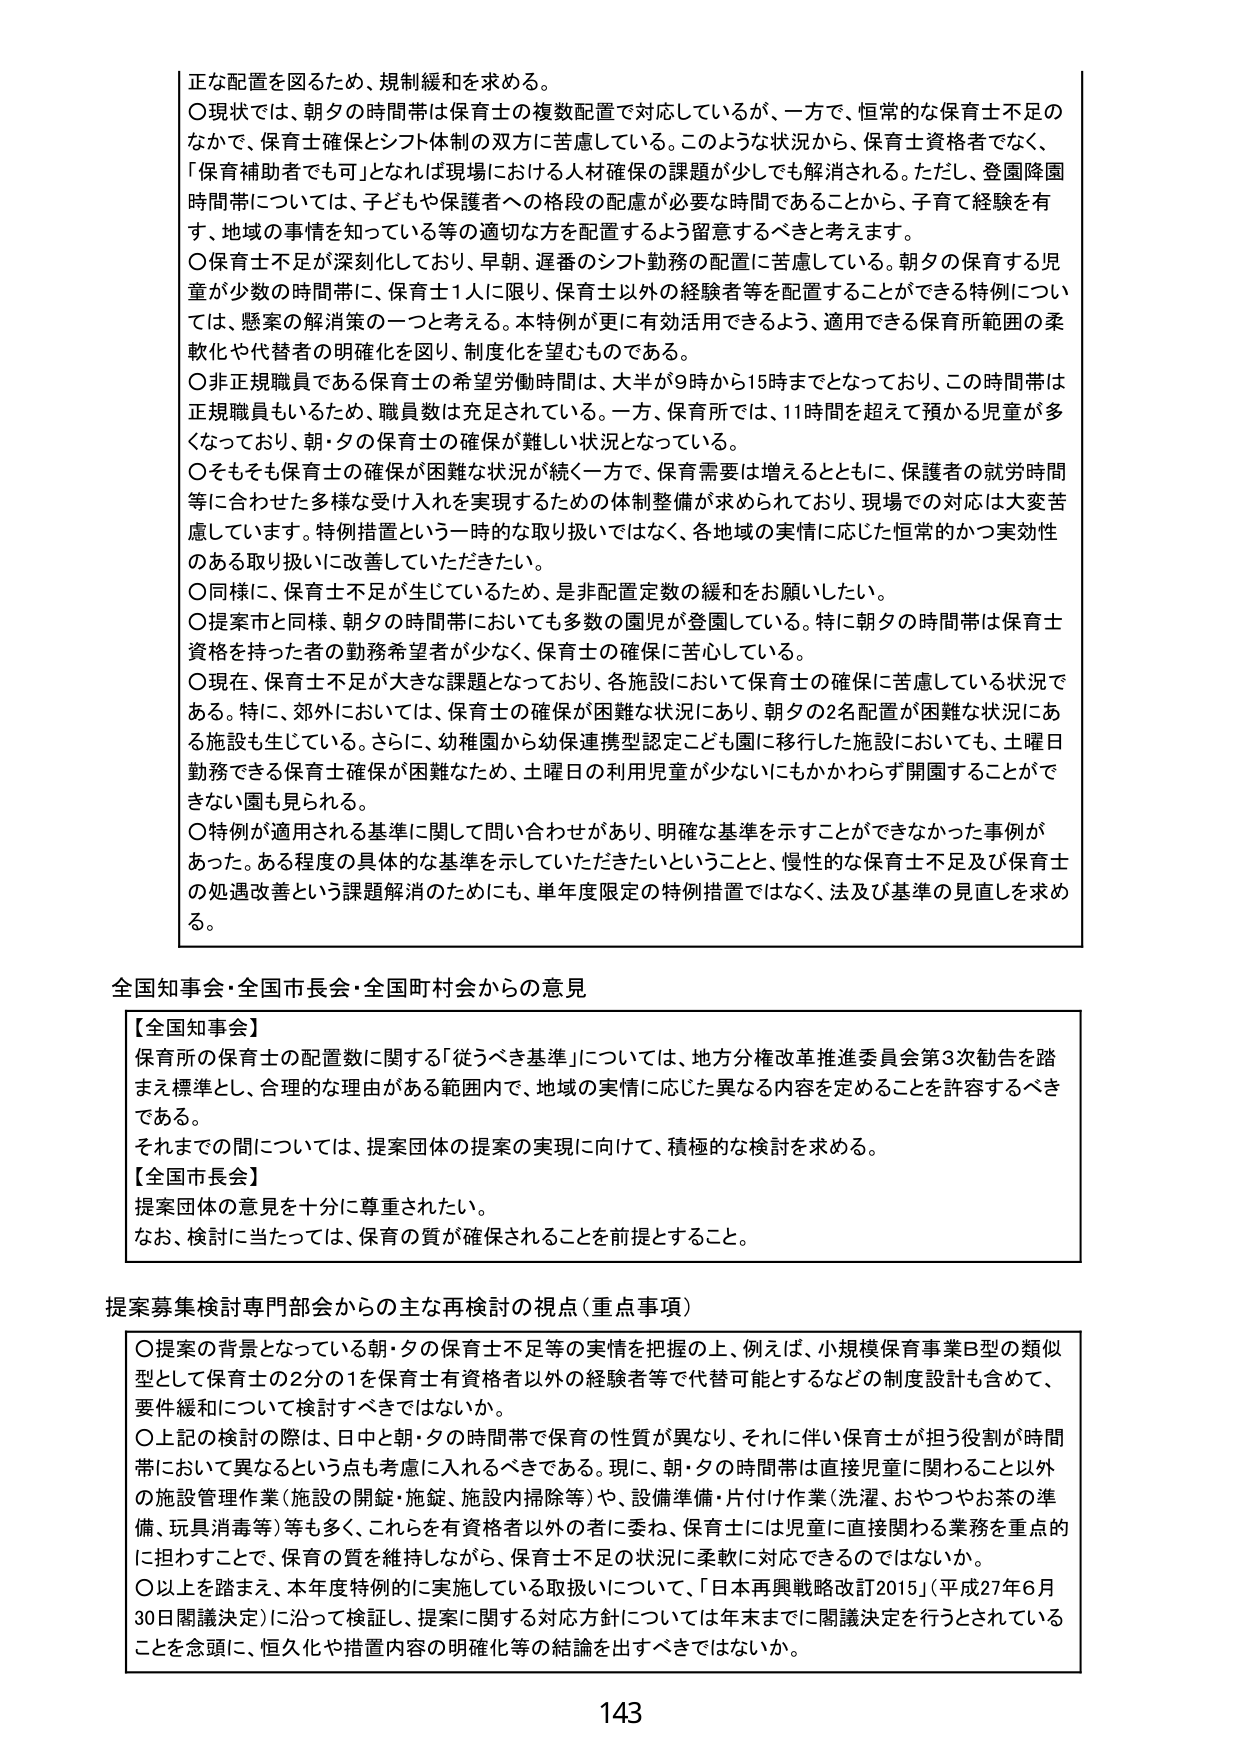
正な配置を図るため、規制緩和を求める。

〇現状では、朝夕の時間帯は保育士の複数配置で対応しているが、一方で、恒常的な保育士不足のなかで、保育士確保とシフト体制の双方に苦慮している。このような状況から、保育士資格者でなく、「保育補助者でも可」となれば現場における人材確保の課題が少しでも解消される。ただし、登園降園時間帯については、子どもや保護者への格段の配慮が必要な時間であることから、子育て経験を有す、地域の事情を知っている等の適切な方を配置するよう留意するべきと考えます。

〇保育士不足が深刻化しており、早朝、遅番のシフト勤務の配置に苦慮している。朝夕の保育する児童が少数の時間帯に、保育士1人に限り、保育士以外の経験者等を配置することができる特例については、懸案の解消策の一つと考える。本特例が更に有効活用できるよう、適用できる保育所範囲の柔軟化や代替者の明確化を図り、制度化を望むものである。

〇非正規職員である保育士の希望労働時間は、大半が9時から15時までとなっており、この時間帯は正規職員もいるため、職員数は充足されている。一方、保育所では、11時間を超えて預かる児童が多くなっており、朝・夕の保育士の確保が難しい状況となっている。

〇そもそも保育士の確保が困難な状況が続く一方で、保育需要は増えるとともに、保護者の就労時間等に合わせた多様な受け入れを実現するための体制整備が求められており、現場での対応は大変苦慮しています。特例措置という一時的な取り扱いではなく、各地域の実情に応じた恒常的かつ実効性のある取り扱いに改善していただきたい。

〇同様に、保育士不足が生じているため、是非配置定数の緩和をお願いしたい。

〇提案市と同様、朝夕の時間帯においても多数の園児が登園している。特に朝夕の時間帯は保育士資格を持った者の勤務希望者が少なく、保育士の確保に苦心している。

〇現在、保育士不足が大きな課題となっており、各施設において保育士の確保に苦慮している状況である。特に、郊外においては、保育士の確保が困難な状況にあり、朝夕の2名配置が困難な状況にある施設も生じている。さらに、幼稚園から幼保連携型認定こども園に移行した施設においても、土曜日勤務できる保育士確保が困難なため、土曜日の利用児童が少ないにもかかわらず開園することができない園も見られる。

〇特例が適用される基準に関して問い合わせがあり、明確な基準を示すことができなかった事例があった。ある程度の具体的な基準を示していただきたいということと、慢性的な保育士不足及び保育士の処遇改善という課題解消のためにも、単年度限定の特例措置ではなく、法及び基準の見直しを求め る。

全国知事会・全国市長会・全国町村会からの意見

【全国知事会】
保育所の保育士の配置数に関する「従うべき基準」については、地方分権改革推進委員会第3次勧告を踏まえ標準とし、合理的な理由がある範囲内で、地域の実情に応じた異なる内容を定めることを許容するべきである。
それまでの間については、提案団体の提案の実現に向けて、積極的な検討を求める。

【全国市長会】
提案団体の意見を十分に尊重されたい。
なお、検討に当たっては、保育の質が確保されることを前提とすること。

提案募集検討専門部会からの主な再検討の視点（重点事項）

〇提案の背景となっている朝・夕の保育士不足等の実情を把握の上、例えば、小規模保育事業B型の類似型として保育士の2分の1を保育士有資格者以外の経験者等で代替可能とするなどの制度設計も含めて、要件緩和について検討すべきではないか。

〇上記の検討の際は、日中と朝・夕の時間帯で保育の性質が異なり、それに伴い保育士が担う役割が時間帯において異なるという点も考慮に入れるべきである。現に、朝・夕の時間帯は直接児童に関わること以外の施設管理作業（施設の開錠・施錠、施設内掃除等）や、設備準備・片付け作業（洗濯、おやつやお茶の準備、玩具消毒等）等も多く、これを有資格者以外の者に委ね、保育士は児童に直接関わる業務を重点的に担わせることで、保育の質を維持しながら、保育士不足の状況に柔軟に対応できるのではないか。

〇以上を踏まえ、本年度特例的に実施している取扱いについて、「日本再興戦略改訂2015」（平成27年6月30日閣議決定）に沿って検証し、提案に関する対応方針については年末までに関議決定を行うとされていることを念頭に、恒久化や措置内容の明確化等の結論を出すべきではないか。

143